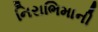
નિરાભિમાની